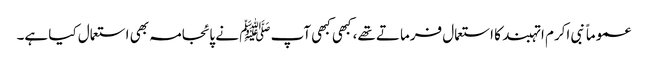
عموماً نبی اکرم ا تہبند کا استعمال فرماتے تھے، کبھی کبھی آپ ﷺ نے پائجامہ بھی استعمال کیا ہے۔